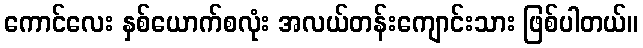
ကောင်လေး နှစ်ယောက်စလုံး အလယ်တန်းကျောင်းသား ဖြစ်ပါတယ်။